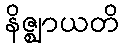
နိဇ္ဈာယတိ